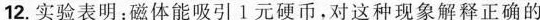
12.实验表明：磁体能吸引1元硬币，对这种现象解释正确的